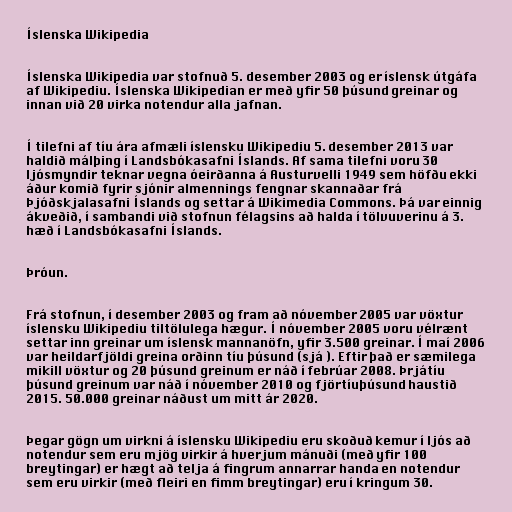
Íslenska Wikipedia

Íslenska Wikipedia var stofnuð 5. desember 2003 og er íslensk útgáfa
af Wikipediu. Íslenska Wikipedian er með yfir 50 þúsund greinar og
innan við 20 virka notendur alla jafnan.

Í tilefni af tíu ára afmæli íslensku Wikipediu 5. desember 2013 var
haldið málþing í Landsbókasafni Íslands. Af sama tilefni voru 30
ljósmyndir teknar vegna óeirðanna á Austurvelli 1949 sem höfðu ekki
áður komið fyrir sjónir almennings fengnar skannaðar frá
Þjóðskjalasafni Íslands og settar á Wikimedia Commons. Þá var einnig
ákveðið, í sambandi við stofnun félagsins að halda í tölvuverinu á 3.
hæð í Landsbókasafni Íslands.

Þróun.

Frá stofnun, í desember 2003 og fram að nóvember 2005 var vöxtur
íslensku Wikipediu tiltölulega hægur. Í nóvember 2005 voru vélrænt
settar inn greinar um íslensk mannanöfn, yfir 3.500 greinar. Í maí 2006
var heildarfjöldi greina orðinn tíu þúsund (sjá ). Eftir það er sæmilega
mikill vöxtur og 20 þúsund greinum er náð í febrúar 2008. Þrjátíu
þúsund greinum var náð í nóvember 2010 og fjörtíuþúsund haustið
2015. 50.000 greinar náðust um mitt ár 2020.

Þegar gögn um virkni á íslensku Wikipediu eru skoðuð kemur í ljós að
notendur sem eru mjög virkir á hverjum mánuði (með yfir 100
breytingar) er hægt að telja á fingrum annarrar handa en notendur
sem eru virkir (með fleiri en fimm breytingar) eru í kringum 30.